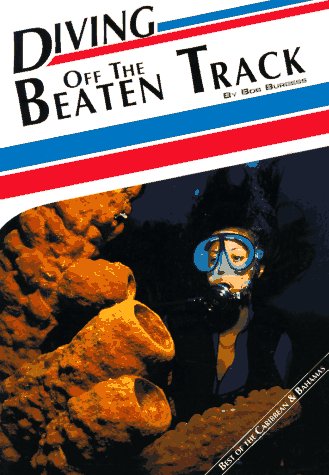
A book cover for Diving Off the Beaten Track; Bob Burges; Travel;